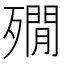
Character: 𣩞